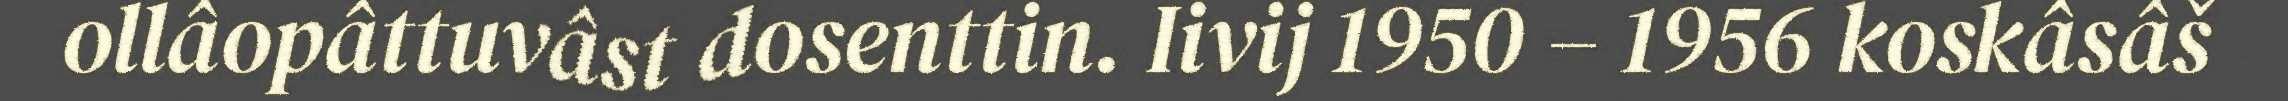
ollâopâttuvâst dosenttin. Iivij 1950 – 1956 koskâsâš